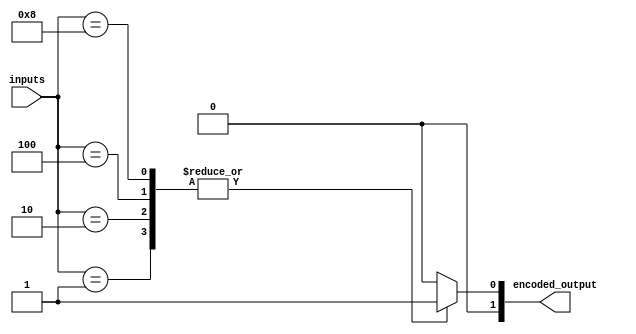
module priority_encoder(
    input [3:0] inputs,
    output reg [1:0] encoded_output
);

always @(*) begin
    case(inputs)
        4'b0001: encoded_output = 2'b01;
        4'b0010: encoded_output = 2'b01;
        4'b0100: encoded_output = 2'b01;
        4'b1000: encoded_output = 2'b01;
        default: encoded_output = 2'b00;
    endcase
end

endmodule